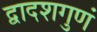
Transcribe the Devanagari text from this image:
द्वादशगुणं